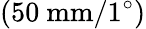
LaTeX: \left(50\mathrm{~mm}/1^{\circ}\right)